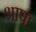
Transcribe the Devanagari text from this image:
श्रापा